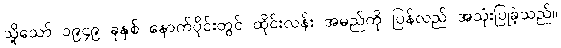
သို့သော် ၁၉၄၉ ခုနှစ် နောက်ပိုင်းတွင် ထိုင်းလန်း အမည်ကို ပြန်လည် အသုံးပြုခဲ့သည်။